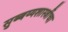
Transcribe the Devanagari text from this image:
सुब्बय्यशास्त्रींचा